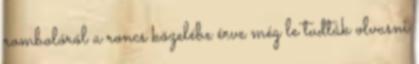
rombolóról a roncs közelébe érve még le tudták olvasni